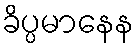
ခိပ္ပမာနေန